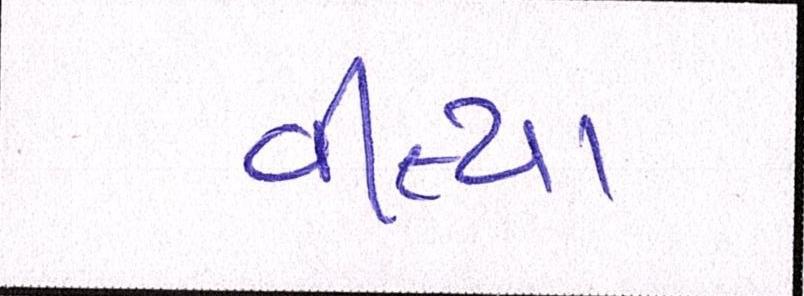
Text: વીત્યા